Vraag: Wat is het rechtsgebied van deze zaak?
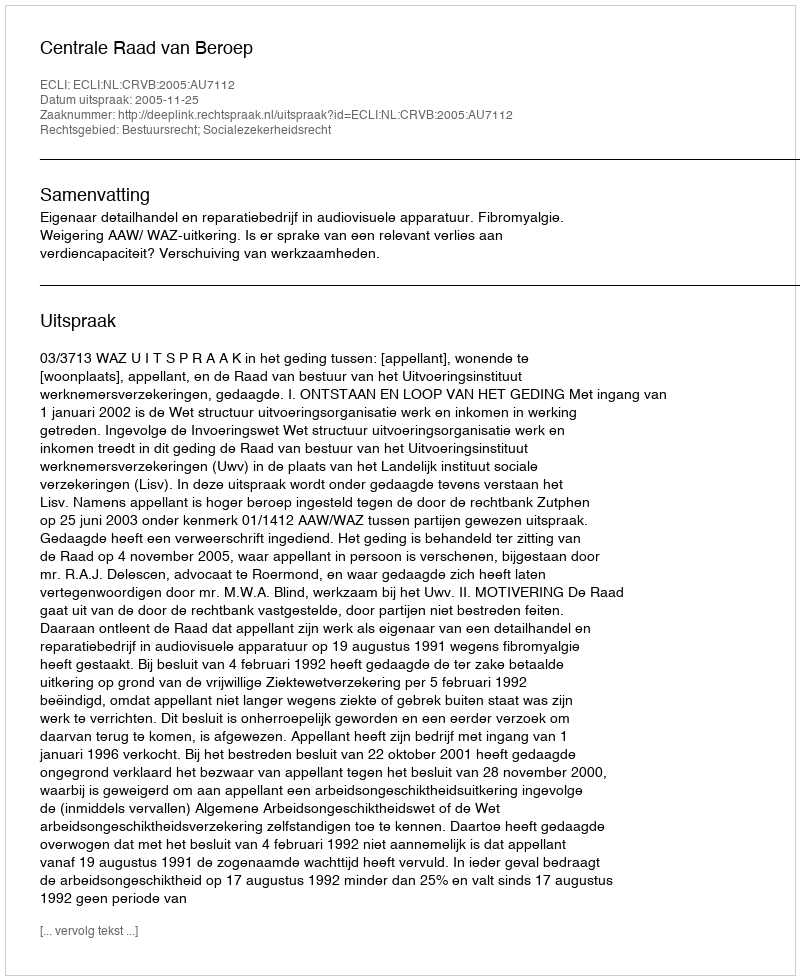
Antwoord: Bestuursrecht; Socialezekerheidsrecht